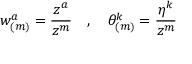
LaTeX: w _ { ( m ) } ^ { a } = \frac { z ^ { a } } { z ^ { m } } \quad , \quad \theta _ { ( m ) } ^ { k } = \frac { \eta ^ { k } } { z ^ { m } }